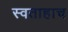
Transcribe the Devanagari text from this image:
स्वताहाच